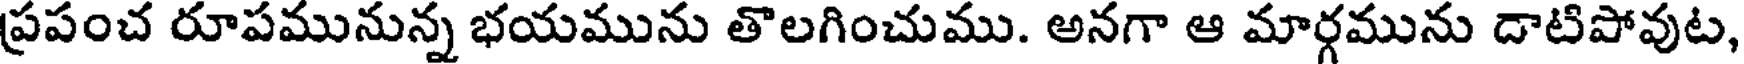
ప్రపంచ రూపమునున్న భయమును తొలగించుము. అనగా ఆ మార్గమును దాటిపోవుట,